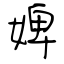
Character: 婢